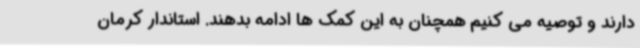
دارند و توصیه می کنیم همچنان به این کمک ها ادامه بدهند. استاندار کرمان